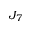
J _ { 7 }